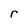
Character: r